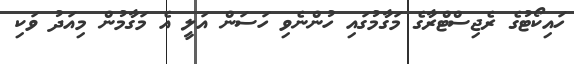
ހައިކޯޓުގެ ރެޖިސްޓްރާގެ މަގާމުގައި ހުންނެވި ހަސަން އަލީ އެ މަގާމުން މިއަދު ވަކި